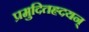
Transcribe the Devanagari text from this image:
प्रमुदितहृदयन्